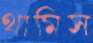
থামিস